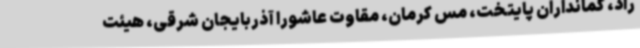
راد، کمانداران پایتخت، مس کرمان، مقاوت عاشورا آذربایجان شرقی، هیئت